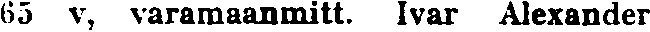
65 v, varamaanmitt. Ivar Alexander